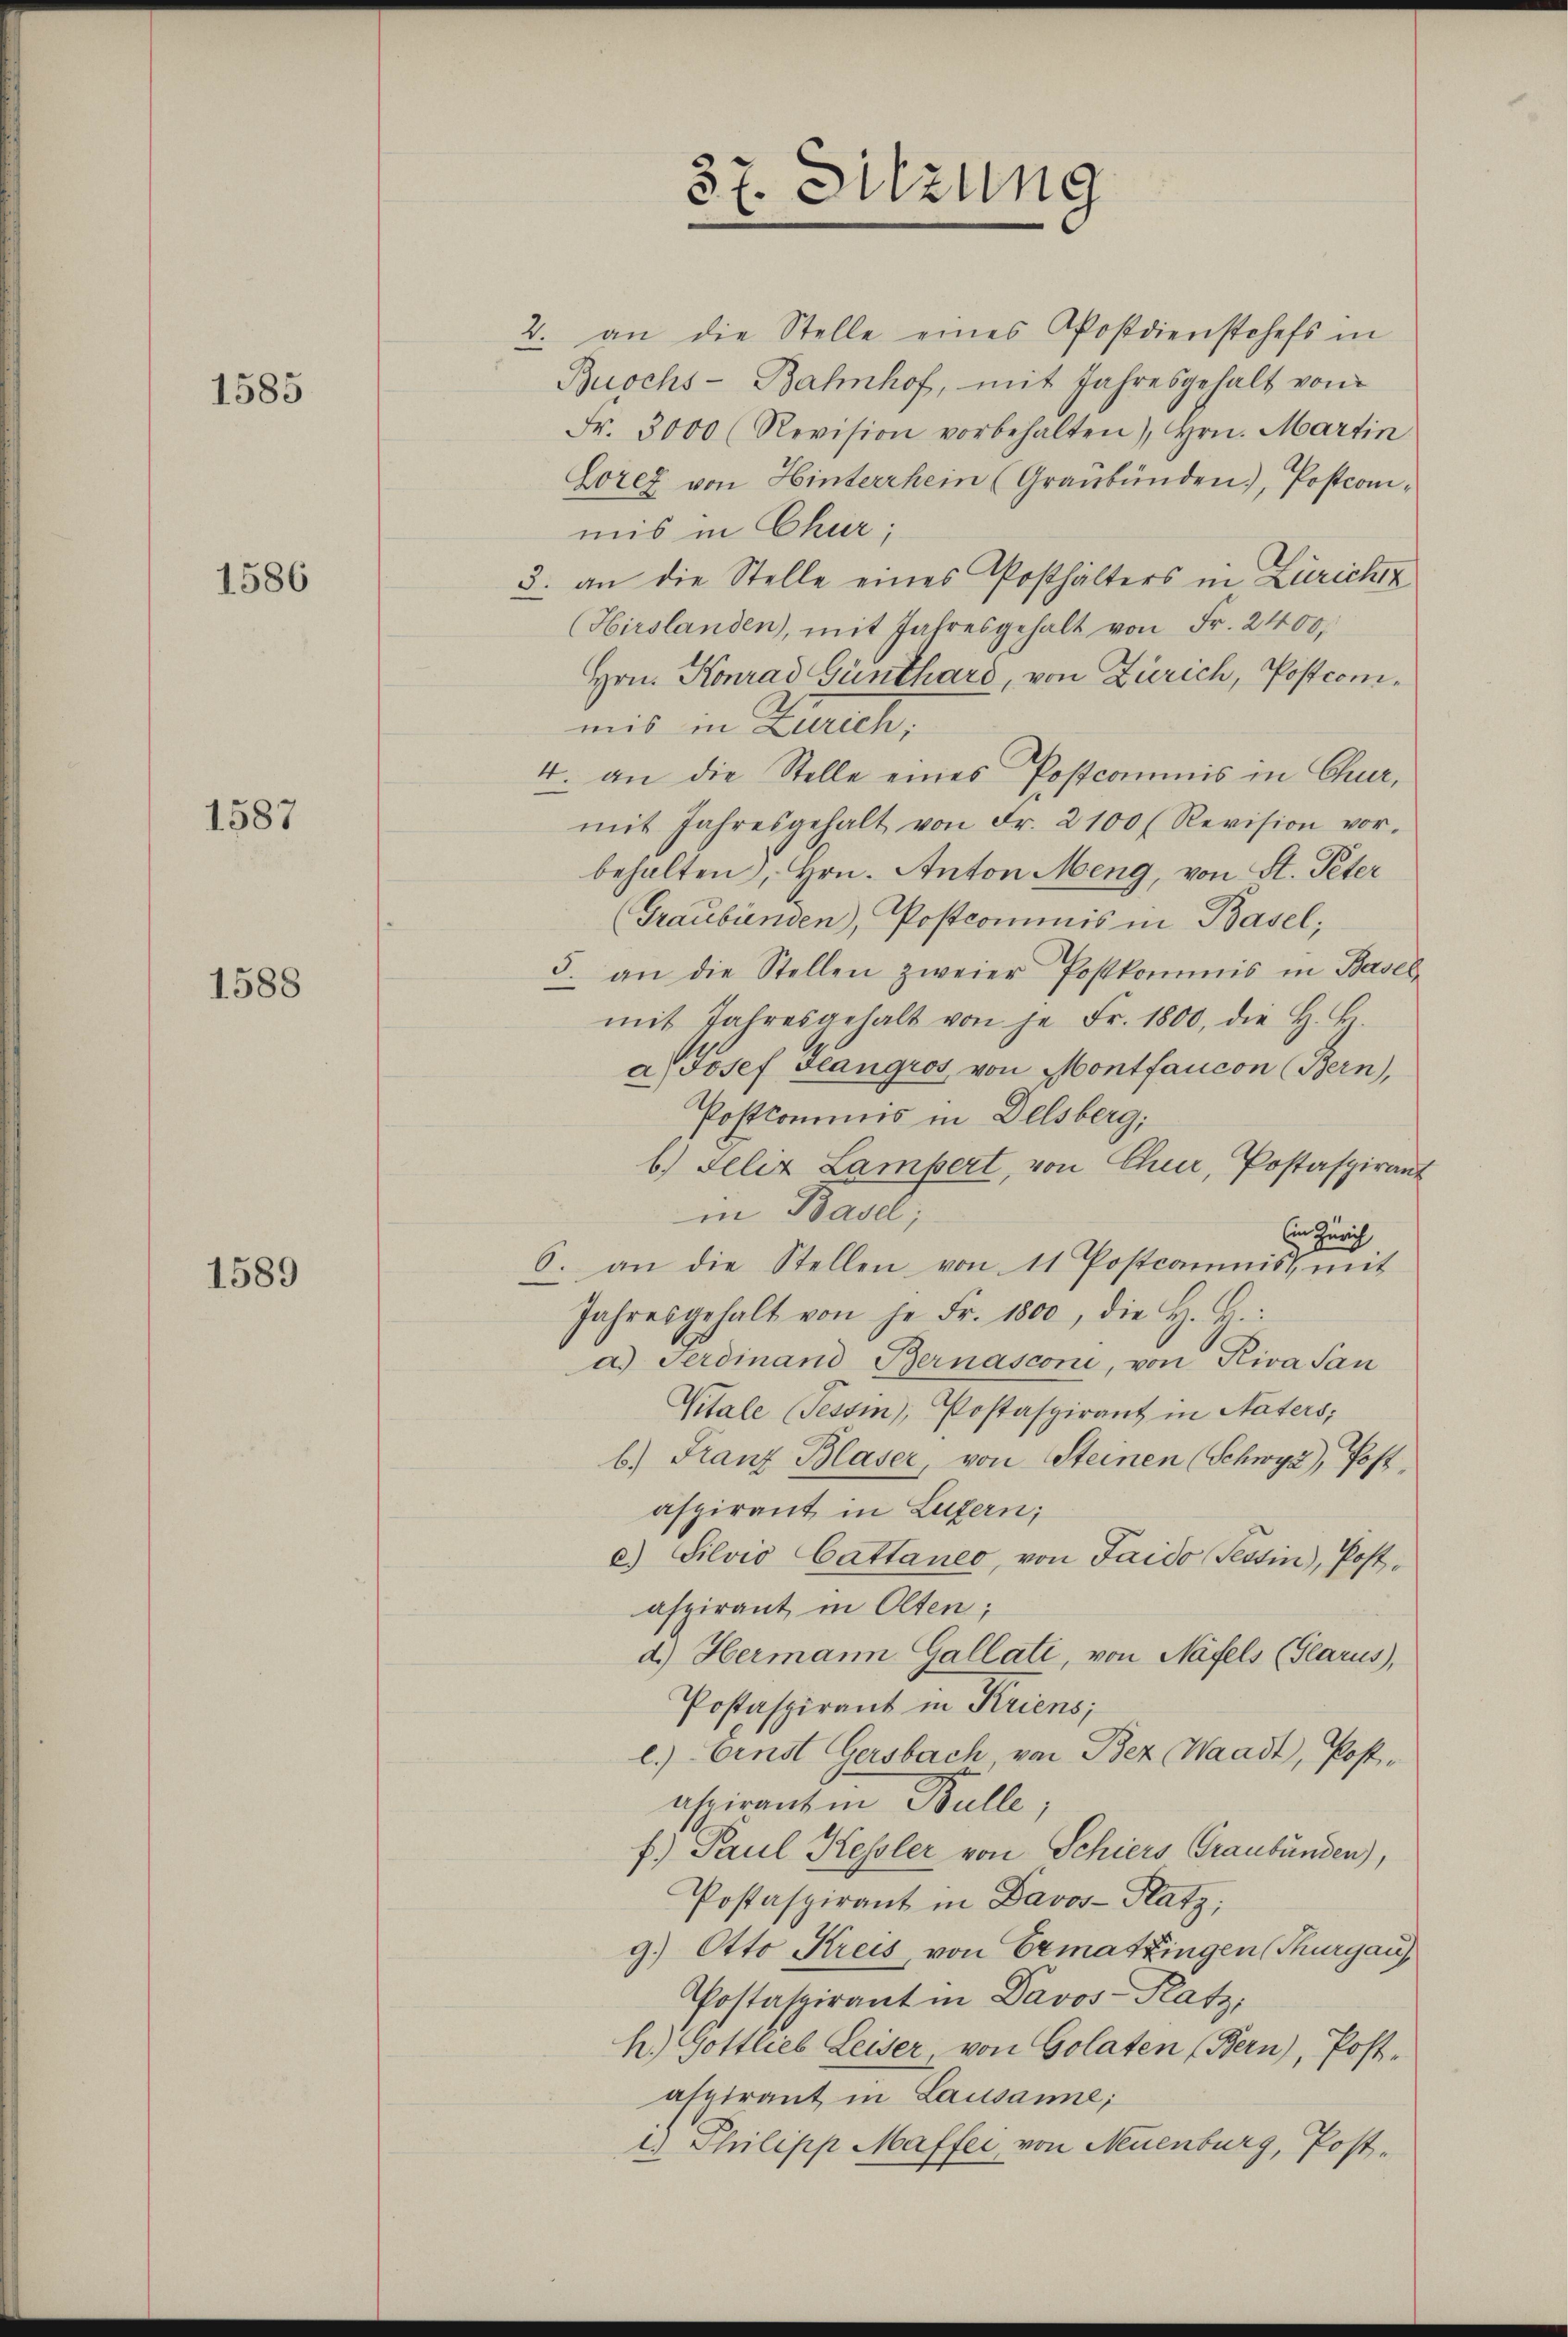
1585

1586

1587

1588

1589

37. Sitzung

2. an die Stelle eines Postdienstchefs in
Buochs-Bahnhof, mit Jahresgehalt von
Fr. 3000 (Revision vorbehalten), Hrn. Martin
Lorez von Hinterrhein (Graubünden), Postcomimis in Chur;
3. an die Stelle eines Posthalters in Zürichtz
(Hirslanden, mit Jahresgehalt von Fr. 2400.
Hrn. Konrad Günthard, von Zürich, Postcomuis in Zürich,
4. an die Stelle eines Postcommis in Chur,
mit Jahresgehalt von Fr. 2100 f Revision vor.
behalten, Hrn. Anton Meng, von St. Peter
(Graubünden, Postcommis in Basel;
5. an die Stellen zweier Postkommis in Basel-
mit Jahresgehalt von je Fr. 1800, die H. B.
a Josef Jeangros von Montfaucon (Bern),
Postkommnis in Delsberg;
b.) Felix Lampert, von Cheer, Postaspirant
in Basel,
Ein Zürich
6. an die Stellen von 11. Postcomnis mit
Jahresgehalt von je Fr. 1800, die H. H.
a.) Ferdinand Bernasconi, von Riva San
Vitale (Tessin, Postaspirant in Naters;
b.) Franz Blaser, von Steinen (Schwyz), Post,
aspirant in Luzern;
c) Silvio Cattaneo, von Jaido Tessin, Postaspirant in Olten;
d.) Hermann Gallati, von Näfels (Glarus,
Postaspirant in Kriens;
e.) Einst Gersbach, von Bez (Waadt, Postaspiranein Bulle,
f) Paul Kessler von Schiers Graubünden),
Postaspirant in Davos- Platz;
g) Otto Kreis, von Ermatzingen (Thurgau,
Postaspirant in Davos- Platz,
h.) Gottlieb Leiser von Golaten (Bern), Post-
aspirant in Lausanne;
1.) Philipp Maffei, von Neuenburg, Post¬